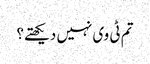
تم ٹی وی نہیں دیکھتے؟